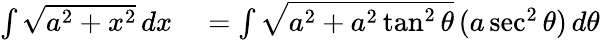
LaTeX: \begin{array}{rl}{\int{\sqrt{a^{2}+x^{2}}}\, dx}&{{}=\int{\sqrt{a^{2}+a^{2}\tan^{2}\theta}}\, (a\sec^{2}\theta)\, d\theta}\end{array}